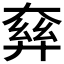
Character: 𡙘